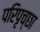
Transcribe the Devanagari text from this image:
परिपृच्छा